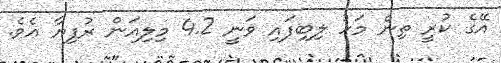
އޭގެ ކުރީ ތިން މަހު ލިބިފައި ވަނީ 4.2 މިލިއަން ރުފިޔާ އެވެ.